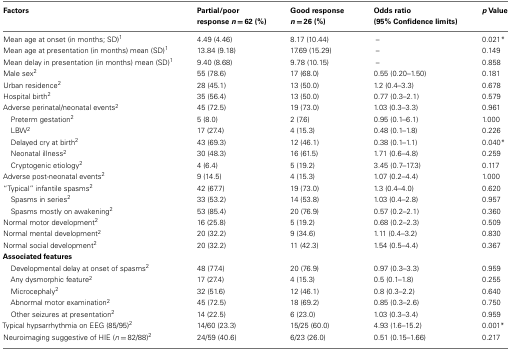
<table><thead><tr><td><b>Factors</b></td><td><b>Partial/poorresponse <i>n</i> = 62 (%)</b></td><td><b>Good response<i>n</i> = 26 (%)</b></td><td><b>Odds ratio(95% Confidence limits)</b></td><td><b><i>p</i> Value</b></td></tr></thead><tbody><tr><td>Mean age at onset (in months; SD)<sup>1</sup></td><td>4.49 (4.46)</td><td>8.17 (10.44)</td><td>–</td><td>0.021*</td></tr><tr><td>Mean age at presentation (in months) mean (SD)<sup>1</sup></td><td>13.84 (9.18)</td><td>17.69 (15.29)</td><td>–</td><td>0.149</td></tr><tr><td>Mean delay in presentation (in months) mean (SD)<sup>1</sup></td><td>9.40 (8.68)</td><td>9.78 (10.15)</td><td>–</td><td>0.858</td></tr><tr><td>Male sex<sup>2</sup></td><td>55 (78.6)</td><td>17 (68.0)</td><td>0.55 (0.20–1.50)</td><td>0.181</td></tr><tr><td>Urban residence<sup>2</sup></td><td>28 (45.1)</td><td>13 (50.0)</td><td>1.2 (0.4–3.3)</td><td>0.678</td></tr><tr><td>Hospital birth<sup>2</sup></td><td>35 (56.4)</td><td>13 (50.0)</td><td>0.77 (0.3–2.1)</td><td>0.579</td></tr><tr><td>Adverse perinatal/neonatal events<sup>2</sup></td><td>45 (72.5)</td><td>19 (73.0)</td><td>1.03 (0.3–3.3)</td><td>0.961</td></tr><tr><td> Preterm gestation<sup>2</sup></td><td>5 (8.0)</td><td>2 (7.6)</td><td>0.95 (0.1–6.1)</td><td>1.000</td></tr><tr><td> LBW<sup>2</sup></td><td>17 (27.4)</td><td>4 (15.3)</td><td>0.48 (0.1–1.8)</td><td>0.226</td></tr><tr><td> Delayed cry at birth<sup>2</sup></td><td>43 (69.3)</td><td>12 (46.1)</td><td>0.38 (0.1–1.1)</td><td>0.040*</td></tr><tr><td> Neonatal illness<sup>2</sup></td><td>30 (48.3)</td><td>16 (61.5)</td><td>1.71 (0.6–4.8)</td><td>0.259</td></tr><tr><td> Cryptogenic etiology<sup>2</sup></td><td>4 (6.4)</td><td>5 (19.2)</td><td>3.45 (0.7–17.3)</td><td>0.117</td></tr><tr><td>Adverse post-neonatal events<sup>2</sup></td><td>9 (14.5)</td><td>4 (15.3)</td><td>1.07 (0.2–4.4)</td><td>1.000</td></tr><tr><td>“Typical” infantile spasms<sup>2</sup></td><td>42 (67.7)</td><td>19 (73.0)</td><td>1.3 (0.4–4.0)</td><td>0.620</td></tr><tr><td> Spasms in series<sup>2</sup></td><td>33 (53.2)</td><td>14 (53.8)</td><td>1.03 (0.4–2.8)</td><td>0.957</td></tr><tr><td> Spasms mostly on awakening<sup>2</sup></td><td>53 (85.4)</td><td>20 (76.9)</td><td>0.57 (0.2–2.1)</td><td>0.360</td></tr><tr><td>Normal motor development<sup>2</sup></td><td>16 (25.8)</td><td>5 (19.2)</td><td>0.68 (0.2–2.3)</td><td>0.509</td></tr><tr><td>Normal mental development<sup>2</sup></td><td>20 (32.2)</td><td>9 (34.6)</td><td>1.11 (0.4–3.2)</td><td>0.830</td></tr><tr><td>Normal social development<sup>2</sup></td><td>20 (32.2)</td><td>11 (42.3)</td><td>1.54 (0.5–4.4)</td><td>0.367</td></tr><tr><td colspan="5"><b>Associated features</b></td></tr><tr><td> Developmental delay at onset of spasms<sup>2</sup></td><td>48 (77.4)</td><td>20 (76.9)</td><td>0.97 (0.3–3.3)</td><td>0.959</td></tr><tr><td> Any dysmorphic feature<sup>2</sup></td><td>17 (27.4)</td><td>4 (15.3)</td><td>0.5 (0.1–1.8)</td><td>0.255</td></tr><tr><td> Microcephaly<sup>2</sup></td><td>32 (51.6)</td><td>12 (46.1)</td><td>0.8 (0.3–2.2)</td><td>0.640</td></tr><tr><td> Abnormal motor examination<sup>2</sup></td><td>45 (72.5)</td><td>18 (69.2)</td><td>0.85 (0.3–2.6)</td><td>0.750</td></tr><tr><td> Other seizures at presentation<sup>2</sup></td><td>14 (22.5)</td><td>6 (23.0)</td><td>1.03 (0.3–3.4)</td><td>0.959</td></tr><tr><td>Typical hypsarrhythmia on EEG (85/95)<sup>2</sup></td><td>14/60 (23.3)</td><td>15/25 (60.0)</td><td>4.93 (1.6–15.2)</td><td>0.001*</td></tr><tr><td>Neuroimaging suggestive of HIE (<i>n</i> = 82/88)<sup>2</sup></td><td>24/59 (40.6)</td><td>6/23 (26.0)</td><td>0.51 (0.15–1.66)</td><td>0.217</td></tr></tbody></table>